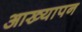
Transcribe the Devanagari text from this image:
आख्यापन